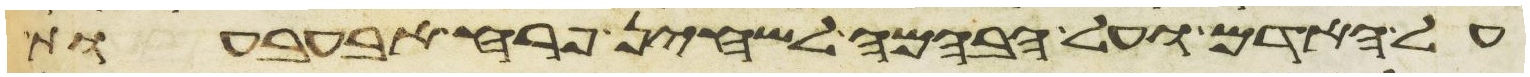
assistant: על האדם ועל הבהמה לשחין פרח אבעבעות